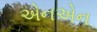
એનએન